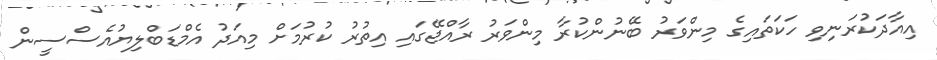
އިއާދަކުރަނިވި ހަކަތައިގެ މިންވަރު ބޭނުންކުރާ މިންވަރު ރާއްޖޭގައި އިތުރު ކުރުމަށް މިއަދު އެމްޑަބްލިޔުއެސްސީން